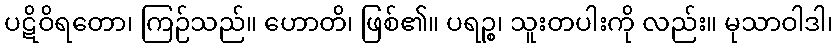
ပဋိဝိရတော၊ ကြဉ်သည်။ ဟောတိ၊ ဖြစ်၏။ ပရဉ္စ၊ သူးတပါးကို လည်း။ မုသာဝါဒါ၊